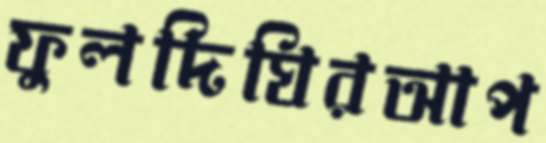
ফুলদিঘিরআপ